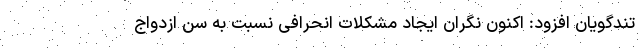
تندگویان افزود: اکنون نگران ایجاد مشکلات انحرافی نسبت به سن ازدواج